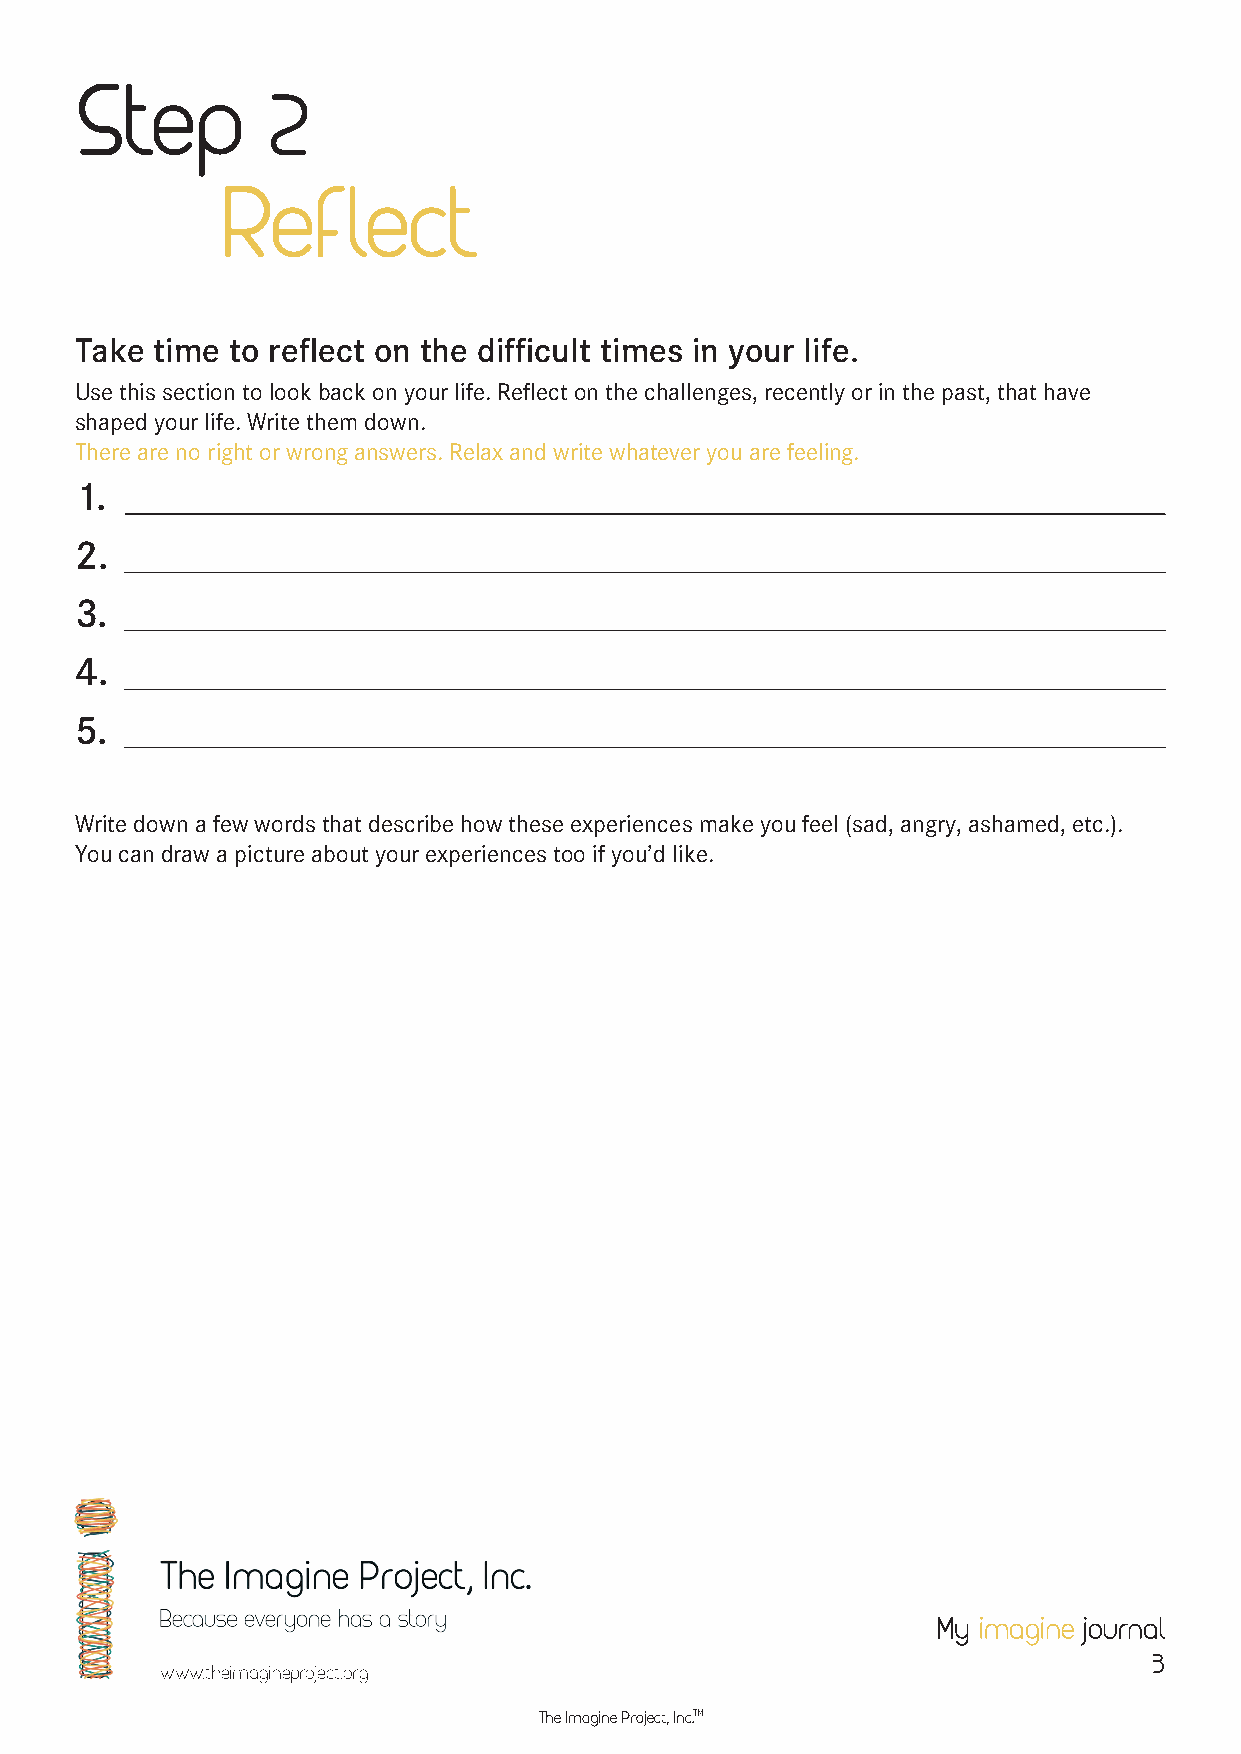
Step         2
 Reflect
 Take time to reflect on the difficult times in your life.
 Use this section to look back on your life. Reflect on the challenges, recently or in the past, that have
 shaped your life. Write them down.
 There are no right or wrong answers. Relax and write whatever you are feeling.
 1.
 2.
 3.
 4.
 5.
 Write down a few words that describe how these experiences make you feel (sad, angry, ashamed, etc.).
 You can draw a picture about your experiences too if you’d like.
 My imagine journal
 3
 www.theimagineproject.org
 The Imagine Project, Inc.TM